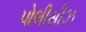
પોલીસીઝ